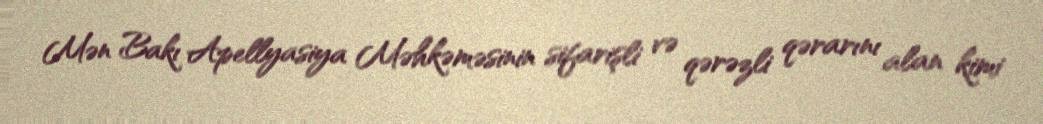
Mən Bakı Apellyasiya Məhkəməsinin sifarişli və qərəzli qərarını alan kimi